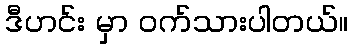
ဒီဟင်း မှာ ဝက်သားပါတယ်။